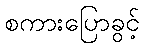
စကားပြောခွင့်